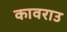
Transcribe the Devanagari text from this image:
कावराउ